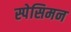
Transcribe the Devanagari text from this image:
स्पेसिमन